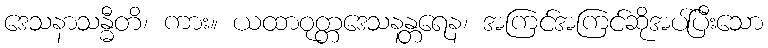
ဒေသနာသန္ဓီတိ၊ ကား။ ယထာဝုတ္တဒေသနန္တရေန၊ အကြင်အကြင်ဆိုအပ်ပြီးသော